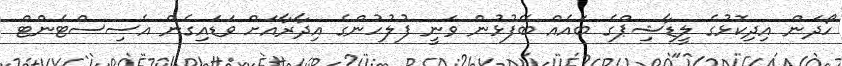
ހޯދަން އިދިކޮޅުގެ ލީޑާޝިޕްގެ ބައެއް ބޭފުޅުން ވަނީ ފުލުހުންގެ އިދާރާއަށް ވަޑައިގެން އެސިސްޓެންޓް